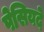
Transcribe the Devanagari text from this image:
पेसियदे